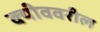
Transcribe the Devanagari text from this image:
क्यीववरील